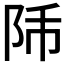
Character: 𨸴